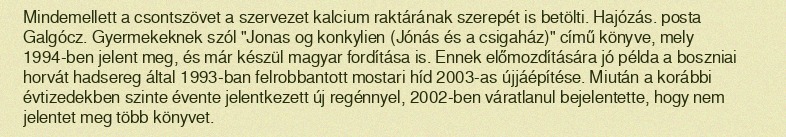
Mindemellett a csontszövet a szervezet kalcium raktárának szerepét is betölti. Hajózás. posta Galgócz. Gyermekeknek szól "Jonas og konkylien (Jónás és a csigaház)" című könyve, mely 1994-ben jelent meg, és már készül magyar fordítása is. Ennek előmozdítására jó példa a boszniai horvát hadsereg által 1993-ban felrobbantott mostari híd 2003-as újjáépítése. Miután a korábbi évtizedekben szinte évente jelentkezett új regénnyel, 2002-ben váratlanul bejelentette, hogy nem jelentet meg több könyvet.